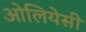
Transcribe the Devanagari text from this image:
ओलियेसी